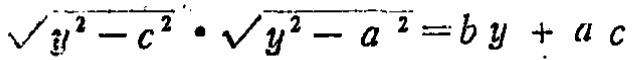
\(\sqrt{y^{2}-c^{2}}\cdot\sqrt{y^{2}-a^{2}} = by + ac\)